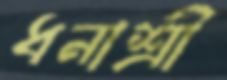
ধনাশ্রী